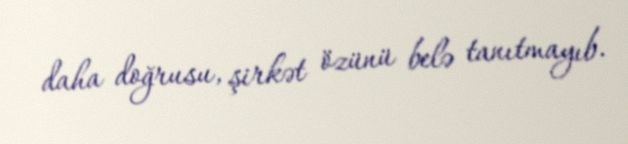
daha doğrusu, şirkət özünü belə tanıtmayıb.